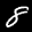
Label: 8